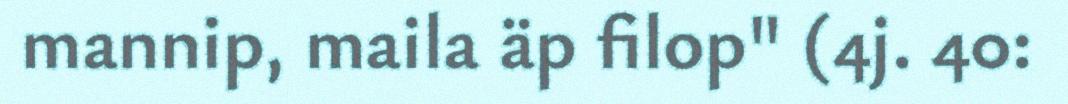
mannip, maila äp filop" (4j. 40: